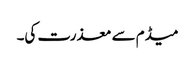
میڈم سے معذرت کی۔